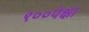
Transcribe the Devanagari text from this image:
९००पेक्षा